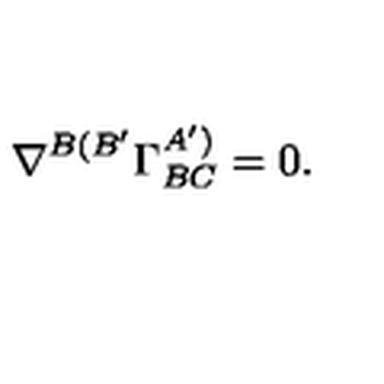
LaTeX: \nabla ^ { B ( B ^ { \prime } } \Gamma _ { B C } ^ { A ^ { \prime } ) } = 0 .